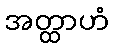
အတ္ထာဟံ